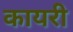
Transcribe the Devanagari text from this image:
कायरी